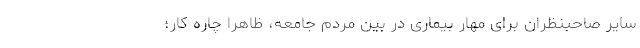
سایر صاحبنظران برای مهار بیماری در بین مردم جامعه، ظاهرا چاره کار؛